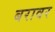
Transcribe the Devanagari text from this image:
बरावर